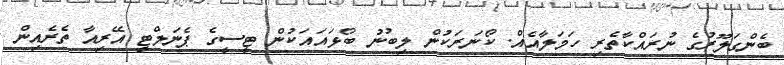
ބެންގަލޫރުގެ ނުރައްކާތެރި ހަމަލާއެއް. ކޯނަރަކުން ލިބުނު ބޯޅައައަކުން ޓީސީގެ ޕެނަލްޓީ އޭރިއާ ތެރެއިން